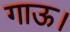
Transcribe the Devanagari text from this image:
गाऊ।